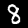
Digit: 8